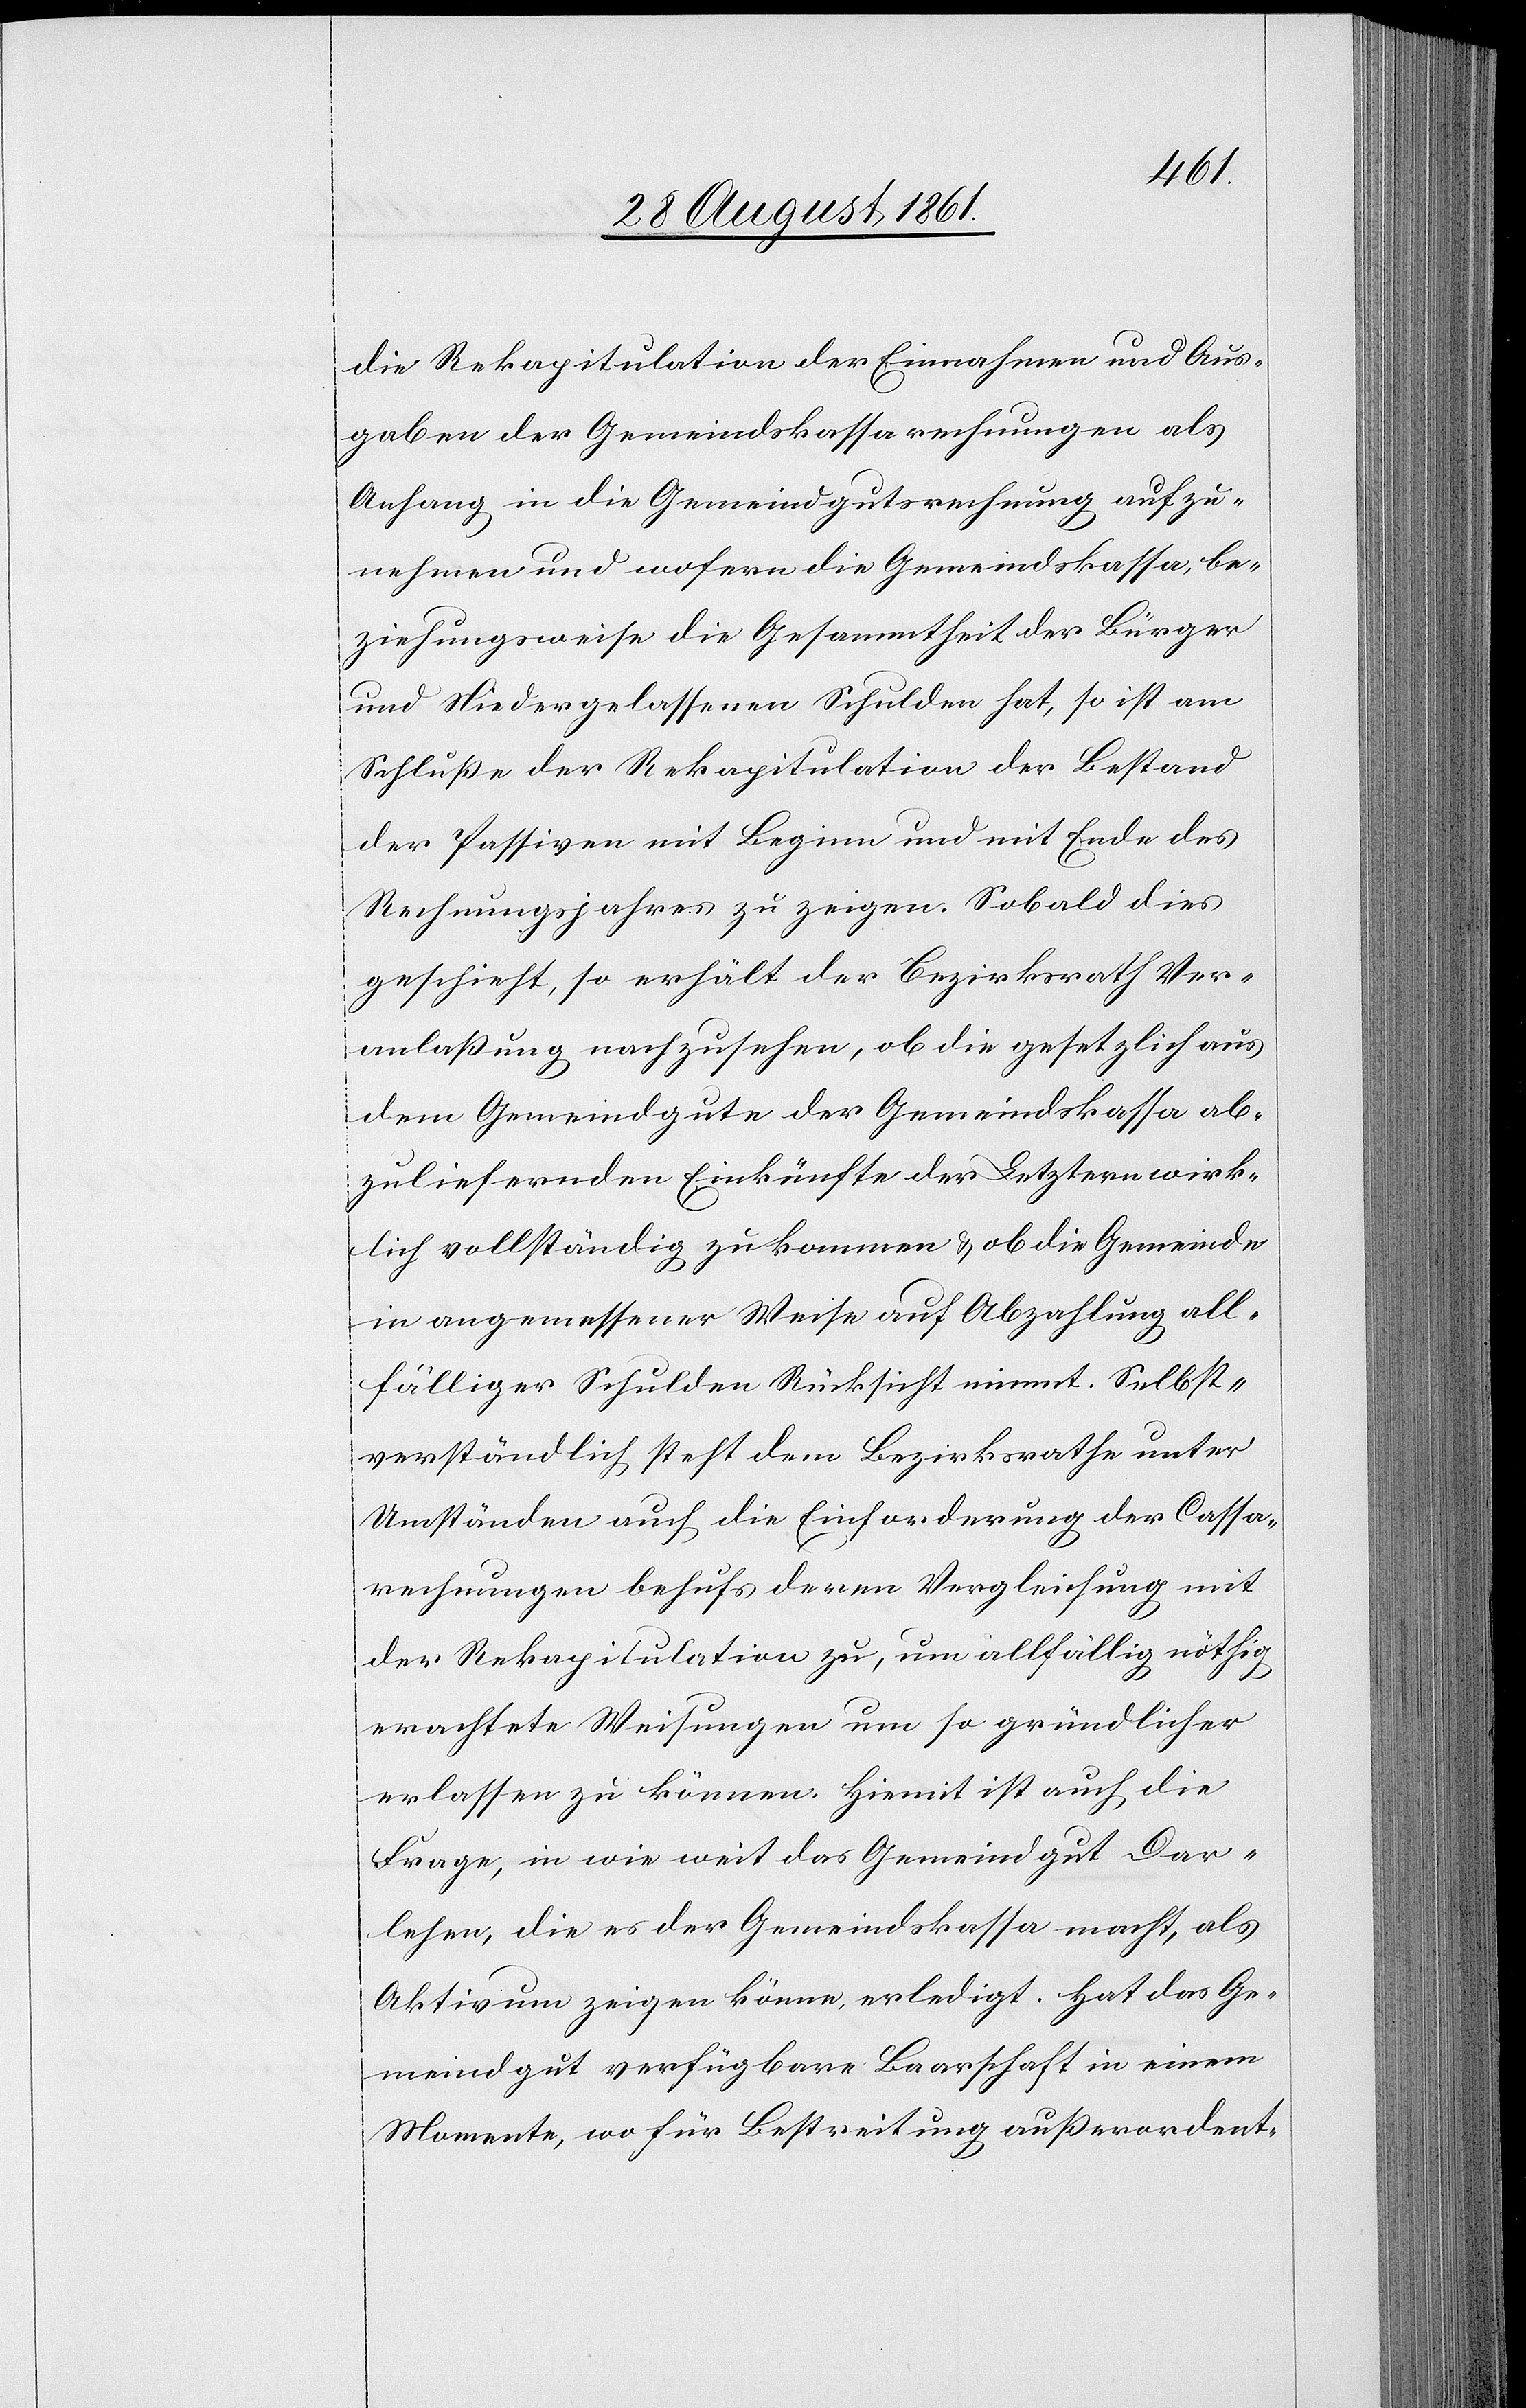
die Rekapitulation der Einnahmen und Aus¬
gaben der Gemeindskassarechnungen als
Anhang in die Gemeindgutsrechnung aufzu¬
nehmen und wofern die Gesammtheit der Bürger
und Niedergelassenen Schulden hat, so ist am
Schluße der Rekapitulation der Bestand
der Passiven mit Beginn und mit Ende des
Rechnungswesens zu zeigen. Sobald dies
geschieht, so erhält der Bezirksrath Ver¬
anlaßung nachzusehen, ob die gesetzlich ab¬
zuliefernden Einkünfte der Letztern wirk¬
lich vollständig zukommen u. ob die Gemeinde
in angemessener Weise auf Abzahlung all¬
fälliger Schulden Rücksicht nimmt. Selbst¬
verständlich steht dem Bezirksrathe unter
Umständen auch die Einforderung der Cassa¬
rechnungen behufs deren Vergleichung mit
der Rekapitulation zu, um allfällig nöthig
erachtete Weisungen um so gründlicher
erlassen zu können. Hiemit ist auch die
Frage, in wie weit das Gemeindgut Dar¬
lehen, die es der Gemeindskassa macht, als
Aktivum zeigen könne, erledigt. Hat das Ge¬
meindgut verfügbare Baarschaft in einem
Momente, wo für Bestreitung außerordent-